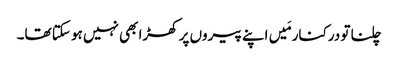
چلنا تو درکنار مَیں اپنے پیروں پر کھڑا بھی نہیں ہو سکتا تھا۔